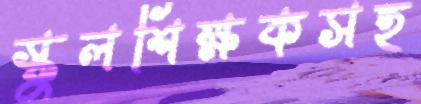
স্কুলশিক্ষকসহ